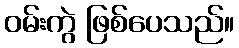
ဝမ်းကွဲ ဖြစ်ပေသည်။